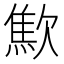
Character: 𣤚